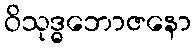
ဝိသုဒ္ဓဘောဇနော